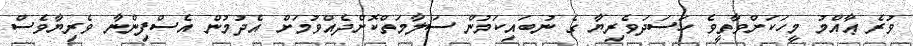
ވުރެ ޢާއްމު މީހަކަށްވާތީވެ ހަސަދަވެރިޔާ ގެ ނުބައިކަމުން ސަލާމަތްކޮށްދެއްވުމަށް އެދުމުން އެސްފިންނާ ވެރިޔާވެސް